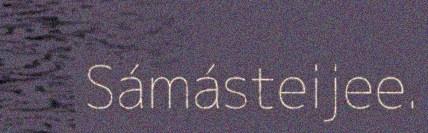
Sámásteijee.